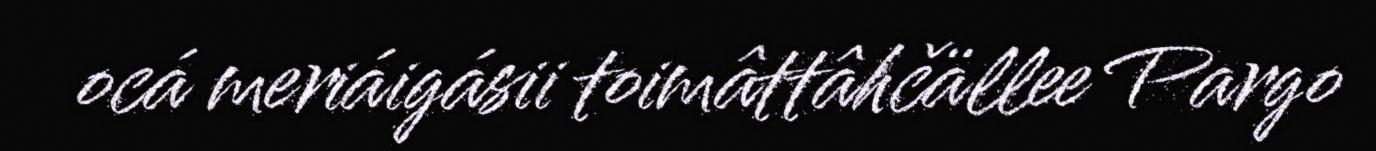
ocá meriáigásii toimâttâhčällee Pargo